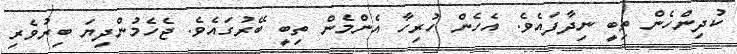
ކުދިންހެން ތިބީ ނިދާފައެވެ. އެހެން ހުރިހާ އެންމެން ތިބީ ބޭރުގައެވެ. ޖެހެމުންދިޔަ ބިރުވެރި